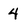
Character: 4